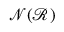
\textstyle { \mathcal { N } } ( { \mathcal { R } } )